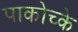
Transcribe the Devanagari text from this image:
पाकोच्के